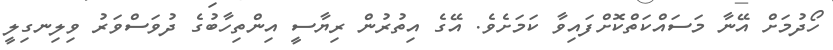
ހޯދުމަށް އޭނާ މަސައްކަތްކޮށްފައިވާ ކަމަށެވެ. އޭގެ އިތުރުން ރިޔާސީ އިންތިހާބުގެ ދުވަސްވަރު ވިލިނގިލީ